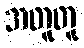
အတူတူ